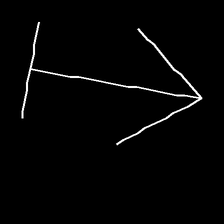
Glyph: levitation